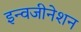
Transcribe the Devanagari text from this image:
इन्वजीनेशन